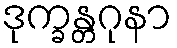
ဒုက္ခန္တဂုနာ